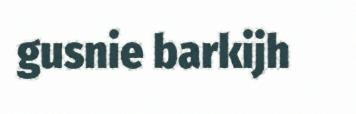
gusnie barkijh